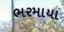
ભરમાયા